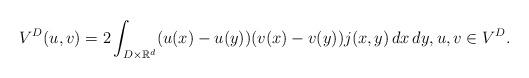
LaTeX: \begin{align*}V^D(u,v)= 2\int_{D\times \mathbb R^d}(u(x)-u(y))(v(x)-v(y)) j(x,y)\,dx\,dy,u,v\in V^D.\end{align*}